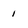
Character: 1